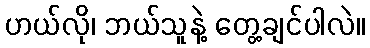
ဟယ်လို၊ ဘယ်သူနဲ့ တွေ့ချင်ပါလဲ။